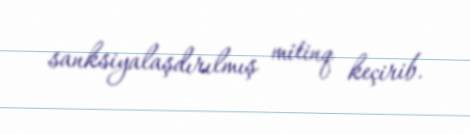
sanksiyalaşdırılmış mitinq keçirib.